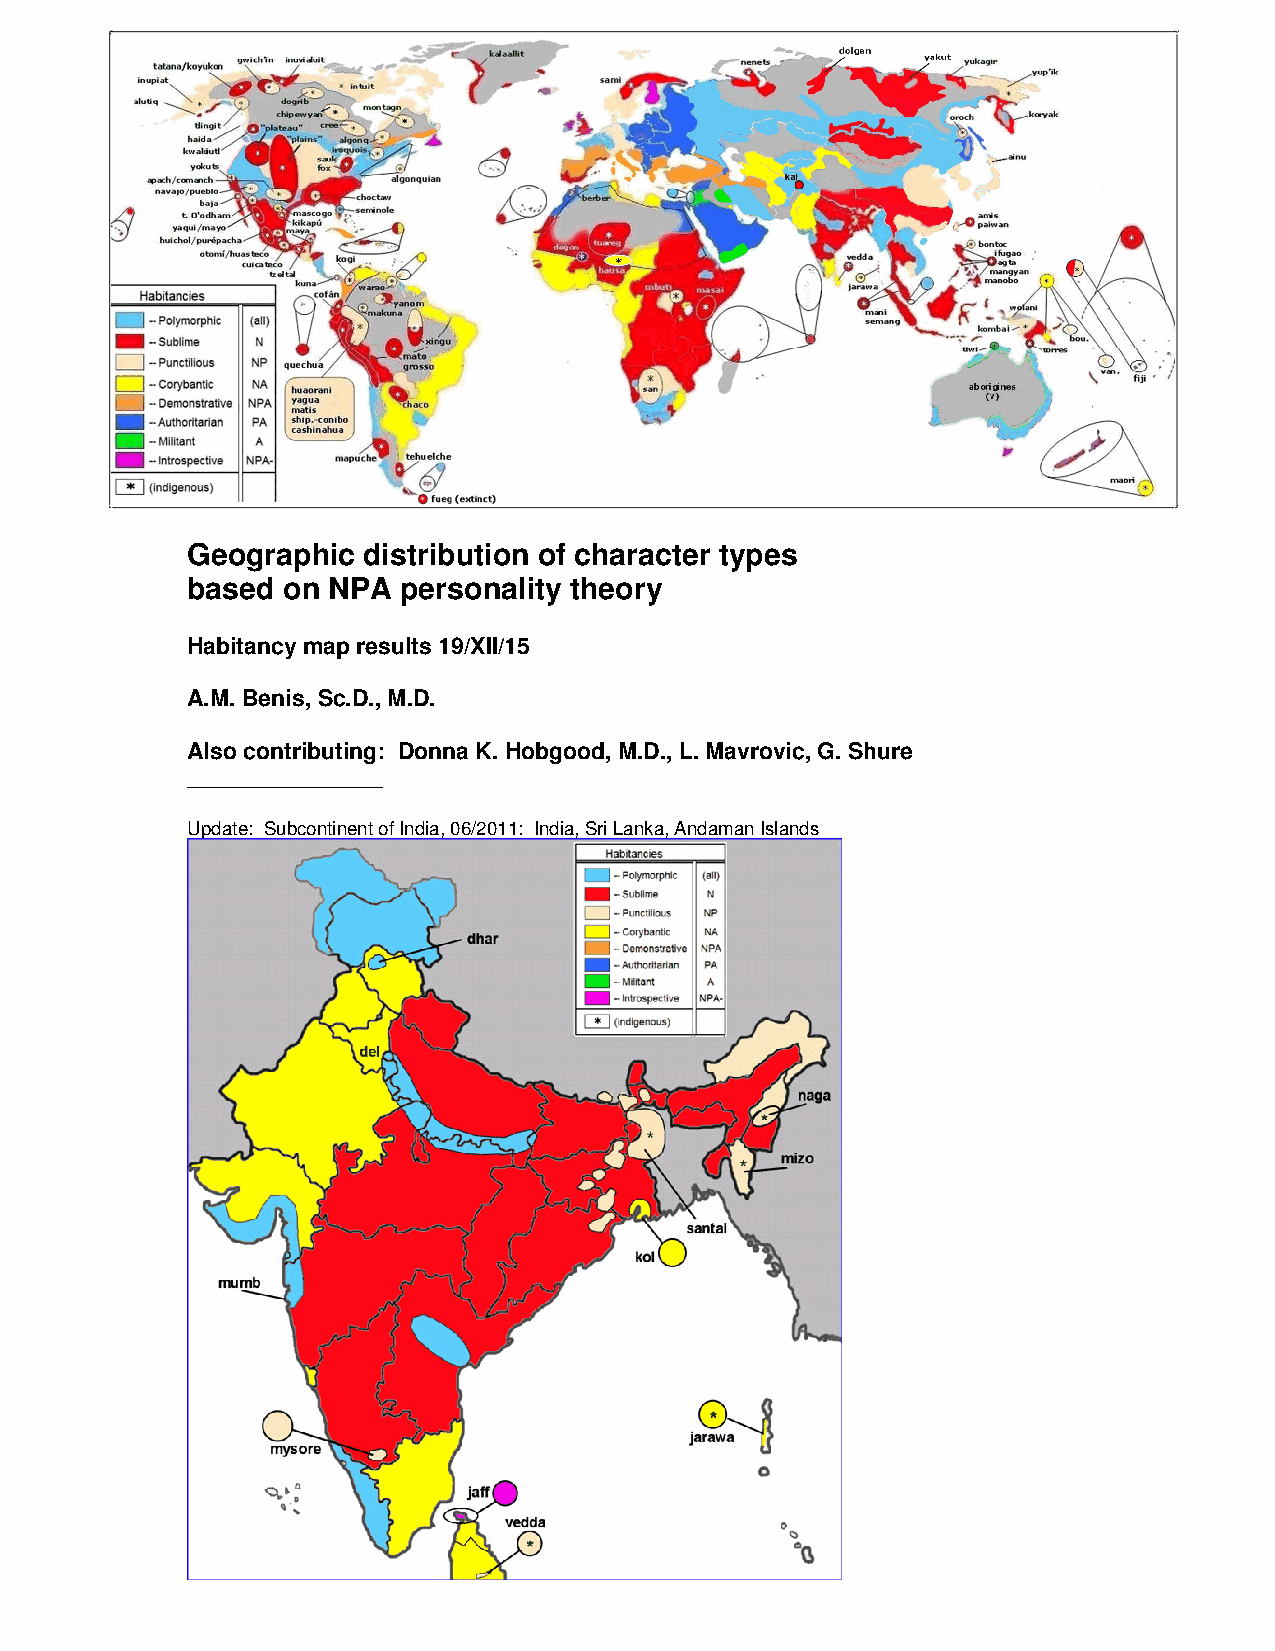
Geographic  distribution of character types
 based  on NPA  personality theory
 Habitancy map results 19/XII/15
 A.M. Benis, Sc.D., M.D.
 Also contributing: Donna K. Hobgood, M.D., L. Mavrovic, G. Shure
 _________________
 Update: Subcontinent of India, 06/2011: India, Sri Lanka, Andaman Islands